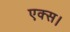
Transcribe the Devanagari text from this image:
एक्स।